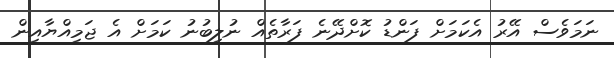
ނަމަވެސް އޭރު އެކަމަށް ފަންޑު ކޮށްދޭނެ ފަރާތެއް ނުލިބުނު ކަމަށް އެ ޖަމިއްޔާއިން